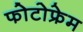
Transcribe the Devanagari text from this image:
फोटोफ्रेम